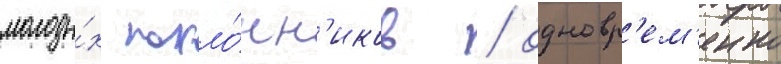
молоды́х покло́нн'иков / одновр'ем'енно